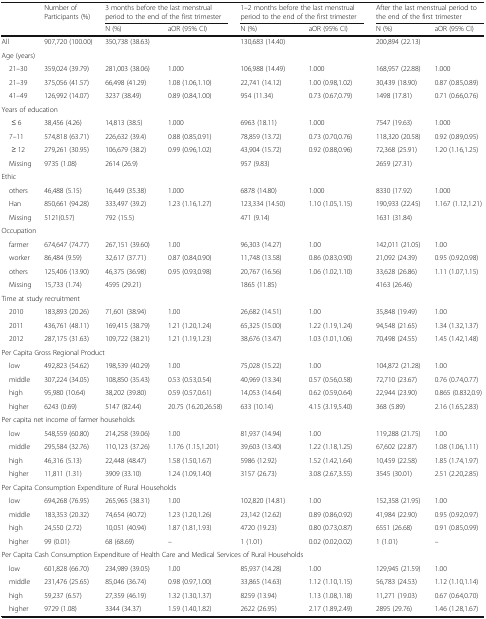
<table><thead><tr><td rowspan="2"></td><td rowspan="2"><b>Number of Participants (%)</b></td><td colspan="2"><b>3 months before the last menstrual period to the end of the first trimester</b></td><td colspan="2"><b>1–2 months before the last menstrual period to the end of the first trimester</b></td><td colspan="2"><b>After the last menstrual period to the end of the first trimester</b></td></tr><tr><td><b>N (%)</b></td><td><b>aOR (95% CI)</b></td><td><b>N (%)</b></td><td><b>aOR (95% CI)</b></td><td><b>N (%)</b></td><td><b>aOR (95% CI)</b></td></tr></thead><tbody><tr><td>All</td><td>907,720 (100.00)</td><td>350,738 (38.63)</td><td></td><td>130,683 (14.40)</td><td></td><td>200,894 (22.13)</td><td></td></tr><tr><td colspan="8">Age (years)</td></tr><tr><td> 21–30</td><td>359,024 (39.79)</td><td>281,003 (38.06)</td><td>1.000</td><td>106,988 (14.49)</td><td>1.000</td><td>168,957 (22.88)</td><td>1.000</td></tr><tr><td> 21–39</td><td>375,056 (41.57)</td><td>66,498 (41.29)</td><td>1.08 (1.06,1.10)</td><td>22,741 (14.12)</td><td>1.00 (0.98,1.02)</td><td>30,439 (18.90)</td><td>0.87 (0.85,0.89)</td></tr><tr><td> 41–49</td><td>126,992 (14.07)</td><td>3237 (38.49)</td><td>0.89 (0.84,1.00)</td><td>954 (11.34)</td><td>0.73 (0.67,0.79)</td><td>1498 (17.81)</td><td>0.71 (0.66,0.76)</td></tr><tr><td colspan="8">Years of education</td></tr><tr><td>≤ 6</td><td>38,456 (4.26)</td><td>14,813 (38.5)</td><td>1.000</td><td>6963 (18.11)</td><td>1.000</td><td>7547 (19.63)</td><td>1.000</td></tr><tr><td> 7–11</td><td>574,818 (63.71)</td><td>226,632 (39.4)</td><td>0.88 (0.85,0.91)</td><td>78,859 (13.72)</td><td>0.73 (0.70,0.76)</td><td>118,320 (20.58)</td><td>0.92 (0.89,0.95)</td></tr><tr><td>≥ 12</td><td>279,261 (30.95)</td><td>106,679 (38.2)</td><td>0.99 (0.96,1.02)</td><td>43,904 (15.72)</td><td>0.92 (0.88,0.96)</td><td>72,368 (25.91)</td><td>1.20 (1.16,1.25)</td></tr><tr><td> Missing</td><td>9735 (1.08)</td><td>2614 (26.9)</td><td></td><td>957 (9.83)</td><td></td><td>2659 (27.31)</td><td></td></tr><tr><td colspan="8">Ethic</td></tr><tr><td> others</td><td>46,488 (5.15)</td><td>16,449 (35.38)</td><td>1.000</td><td>6878 (14.80)</td><td>1.000</td><td>8330 (17.92)</td><td>1.000</td></tr><tr><td> Han</td><td>850,661 (94.28)</td><td>333,497 (39.2)</td><td>1.23 (1.16,1.27)</td><td>123,334 (14.50)</td><td>1.10 (1.05,1.15)</td><td>190,933 (22.45)</td><td>1.167 (1.12,1.21)</td></tr><tr><td> Missing</td><td>5121(0.57)</td><td>792 (15.5)</td><td></td><td>471 (9.14)</td><td></td><td>1631 (31.84)</td><td></td></tr><tr><td colspan="8">Occupation</td></tr><tr><td> farmer</td><td>674,647 (74.77)</td><td>267,151 (39.60)</td><td>1.00</td><td>96,303 (14.27)</td><td>1.00</td><td>142,011 (21.05)</td><td>1.00</td></tr><tr><td> worker</td><td>86,484 (9.59)</td><td>32,617 (37.71)</td><td>0.87 (0.84,0.90)</td><td>11,748 (13.58)</td><td>0.86 (0.83,0.90)</td><td>21,092 (24.39)</td><td>0.95 (0.92,0.98)</td></tr><tr><td> others</td><td>125,406 (13.90)</td><td>46,375 (36.98)</td><td>0.95 (0.93,0.98)</td><td>20,767 (16.56)</td><td>1.06 (1.02,1.10)</td><td>33,628 (26.86)</td><td>1.11 (1.07,1.15)</td></tr><tr><td> Missing</td><td>15,733 (1.74)</td><td>4595 (29.21)</td><td></td><td>1865 (11.85)</td><td></td><td>4163 (26.46)</td><td></td></tr><tr><td colspan="8">Time at study recruitment</td></tr><tr><td> 2010</td><td>183,893 (20.26)</td><td>71,601 (38.94)</td><td>1.00</td><td>26,682 (14.51)</td><td>1.00</td><td>35,848 (19.49)</td><td>1.00</td></tr><tr><td> 2011</td><td>436,761 (48.11)</td><td>169,415 (38.79)</td><td>1.21 (1.20,1.24)</td><td>65,325 (15.00)</td><td>1.22 (1.19,1.24)</td><td>94,548 (21.65)</td><td>1.34 (1.32,1.37)</td></tr><tr><td> 2012</td><td>287,175 (31.63)</td><td>109,722 (38.21)</td><td>1.21 (1.19,1.23)</td><td>38,676 (13.47)</td><td>1.03 (1.01,1.06)</td><td>70,498 (24.55)</td><td>1.45 (1.42,1.48)</td></tr><tr><td colspan="8">Per Capita Gross Regional Product</td></tr><tr><td> low</td><td>492,823 (54.62)</td><td>198,539 (40.29)</td><td>1.00</td><td>75,028 (15.22)</td><td>1.00</td><td>104,872 (21.28)</td><td>1.00</td></tr><tr><td> middle</td><td>307,224 (34.05)</td><td>108,850 (35.43)</td><td>0.53 (0.53,0.54)</td><td>40,969 (13.34)</td><td>0.57 (0.56,0.58)</td><td>72,710 (23.67)</td><td>0.76 (0.74,0.77)</td></tr><tr><td> high</td><td>95,980 (10.64)</td><td>38,202 (39.80)</td><td>0.59 (0.57,0.61)</td><td>14,053 (14.64)</td><td>0.62 (0.59,0.64)</td><td>22,944 (23.90)</td><td>0.865 (0.832,0.9)</td></tr><tr><td> higher</td><td>6243 (0.69)</td><td>5147 (82.44)</td><td>20.75 (16.20,26.58)</td><td>633 (10.14)</td><td>4.15 (3.19,5.40)</td><td>368 (5.89)</td><td>2.16 (1.65,2.83)</td></tr><tr><td colspan="8">Per capita net income of farmer households</td></tr><tr><td> low</td><td>548,559 (60.80)</td><td>214,258 (39.06)</td><td>1.00</td><td>81,937 (14.94)</td><td>1.00</td><td>119,288 (21.75)</td><td>1.00</td></tr><tr><td> middle</td><td>295,584 (32.76)</td><td>110,123 (37.26)</td><td>1.176 (1.15,1.201)</td><td>39,603 (13.40)</td><td>1.22 (1.18,1.25)</td><td>67,602 (22.87)</td><td>1.08 (1.06,1.11)</td></tr><tr><td> high</td><td>46,316 (5.13)</td><td>22,448 (48.47)</td><td>1.58 (1.50,1.67)</td><td>5986 (12.92)</td><td>1.52 (1.42,1.64)</td><td>10,459 (22.58)</td><td>1.85 (1.74,1.97)</td></tr><tr><td> higher</td><td>11,811 (1.31)</td><td>3909 (33.10)</td><td>1.24 (1.09,1.40)</td><td>3157 (26.73)</td><td>3.08 (2.67,3.55)</td><td>3545 (30.01)</td><td>2.51 (2.20,2.85)</td></tr><tr><td colspan="8">Per Capita Consumption Expenditure of Rural Households</td></tr><tr><td> low</td><td>694,268 (76.95)</td><td>265,965 (38.31)</td><td>1.00</td><td>102,820 (14.81)</td><td>1.00</td><td>152,358 (21.95)</td><td>1.00</td></tr><tr><td> middle</td><td>183,353 (20.32)</td><td>74,654 (40.72)</td><td>1.23 (1.20,1.26)</td><td>23,142 (12.62)</td><td>0.89 (0.86,0.92)</td><td>41,984 (22.90)</td><td>0.95 (0.92,0.97)</td></tr><tr><td> high</td><td>24,550 (2.72)</td><td>10,051 (40.94)</td><td>1.87 (1.81,1.93)</td><td>4720 (19.23)</td><td>0.80 (0.73,0.87)</td><td>6551 (26.68)</td><td>0.91 (0.85,0.99)</td></tr><tr><td> higher</td><td>99 (0.01)</td><td>68 (68.69)</td><td>–</td><td>1 (1.01)</td><td>0.02 (0.02,0.02)</td><td>1 (1.01)</td><td>–</td></tr><tr><td colspan="8">Per Capita Cash Consumption Expenditure of Health Care and Medical Services of Rural Households</td></tr><tr><td> low</td><td>601,828 (66.70)</td><td>234,989 (39.05)</td><td>1.00</td><td>85,937 (14.28)</td><td>1.00</td><td>129,945 (21.59)</td><td>1.00</td></tr><tr><td> middle</td><td>231,476 (25.65)</td><td>85,046 (36.74)</td><td>0.98 (0.97,1.00)</td><td>33,865 (14.63)</td><td>1.12 (1.10,1.15)</td><td>56,783 (24.53)</td><td>1.12 (1.10,1.14)</td></tr><tr><td> high</td><td>59,237 (6.57)</td><td>27,359 (46.19)</td><td>1.32 (1.30,1.37)</td><td>8259 (13.94)</td><td>1.13 (1.08,1.18)</td><td>11,271 (19.03)</td><td>0.67 (0.64,0.70)</td></tr><tr><td> higher</td><td>9729 (1.08)</td><td>3344 (34.37)</td><td>1.59 (1.40,1.82)</td><td>2622 (26.95)</td><td>2.17 (1.89,2.49)</td><td>2895 (29.76)</td><td>1.46 (1.28,1.67)</td></tr></tbody></table>